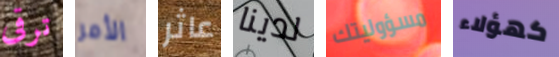
ترقى الأمر عاثر لدينا مسؤوليتك كهؤلاء